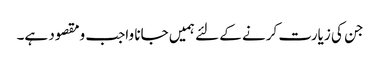
جن کی زیارت کرنے کے لئے ہمیں جانا واجب ومقصود ہے۔